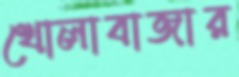
খোলাবাজার